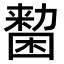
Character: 𠢷